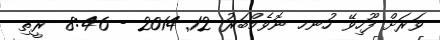
ވަރަށް ފޫހިވޭ ހުނހ ނޮވެމްބަރު 12